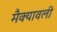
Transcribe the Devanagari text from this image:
मैक्यावली